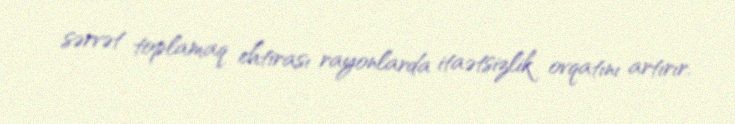
sərvət toplamaq ehtirası rayonlarda itaətsizlik ovqatını artırır.